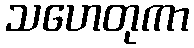
သဟေတုကာ